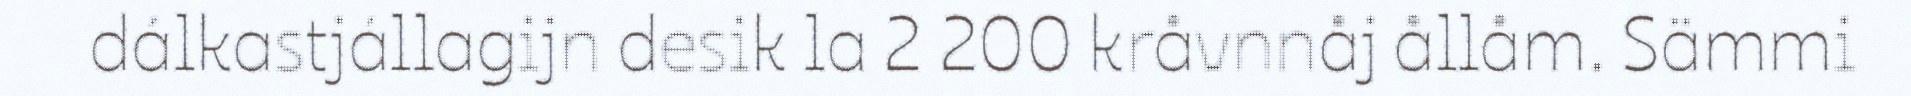
dálkastjállagijn desik la 2 200 kråvnnåj ållåm. Sämmi